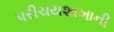
પરીચયશાખાની